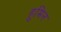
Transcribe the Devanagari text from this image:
हुमिन